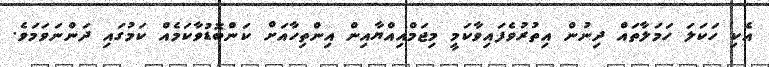
އެކި ހަކަލަ ހަމަލާތައް ދިނުން އިތުރުވެފައިވާކަމީ މިޖަމްއިއްޔާއިން އިންތިހާއަށް ކަންބޮޑުވާކަމެއް ކަމުގައި ދަންނަވަމަވެ.